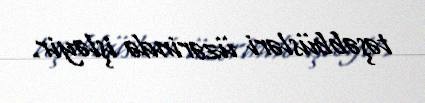
təşəbbüsləri üzərində işləyir.